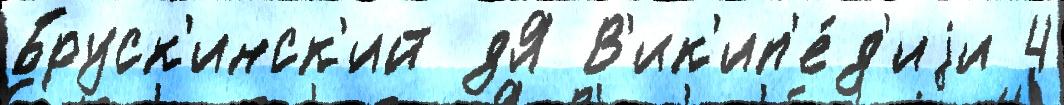
Бруск'инск'ий дЯ В'ик'ип'е́д'иjи 4